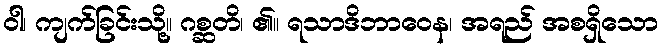
ဝါ၊ ကျက်ခြင်းသို့။ ဂစ္ဆတိ၊ ၏။ ရသာဒိဘာဝေန၊ အရည် အစရှိသော